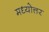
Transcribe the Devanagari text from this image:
मध्योत्तर